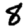
Digit: 8